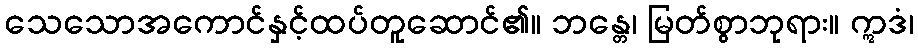
သေသောအကောင်နှင့်ထပ်တူဆောင်၏။ ဘန္တေ၊ မြတ်စွာဘုရား။ ဣဒံ၊